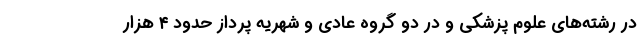
در رشته‌های علوم پزشکی و در دو گروه عادی و شهریه پرداز حدود ۴ هزار